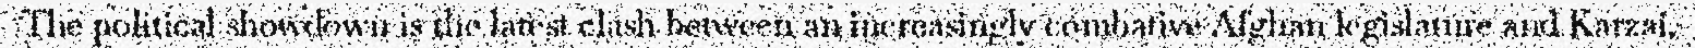
The political showdown is the latest clash between an increasingly combative Afghan legislature and Karzai.